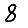
Digit: 8